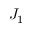
J _ { 1 }